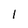
Character: I